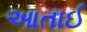
આતાઈ